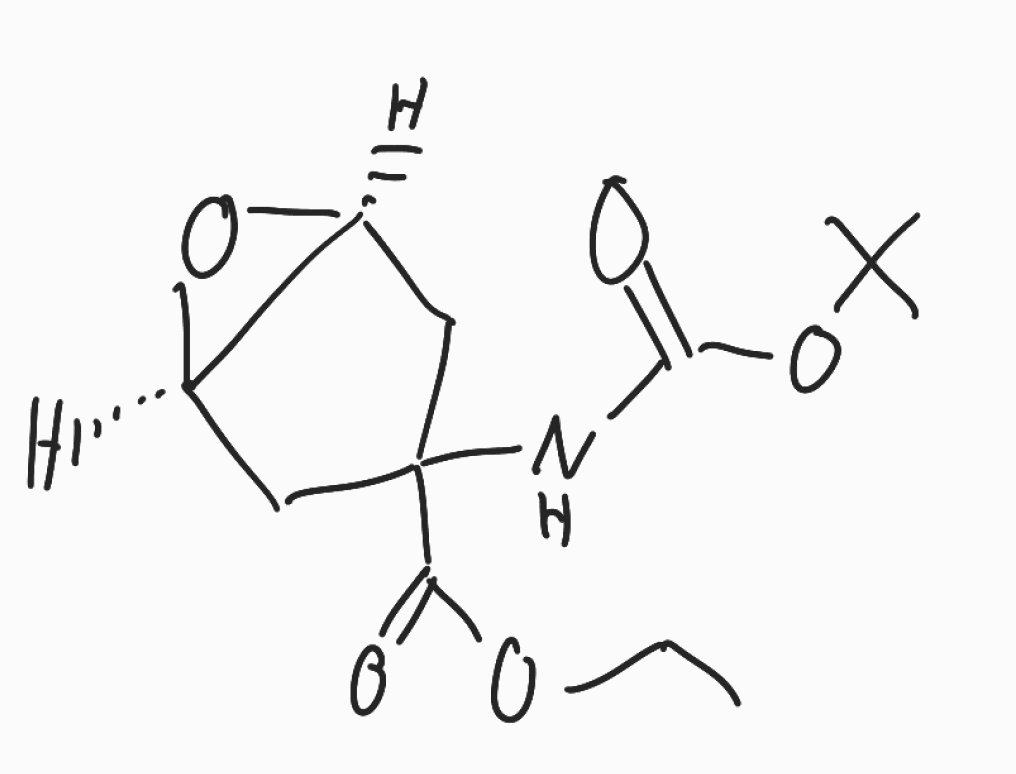
Simplified molecular-input line-entry system (SMILES) notation of the given molecule:
CCOC(=O)C1(C[C@@H]2[C@H](C1)O2)NC(=O)OC(C)(C)C